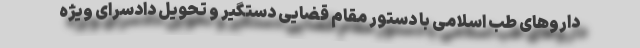
داروهای طب اسلامی با دستور مقام قضایی دستگیر و تحویل دادسرای ویژه